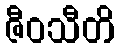
ဇီဝသီတိ